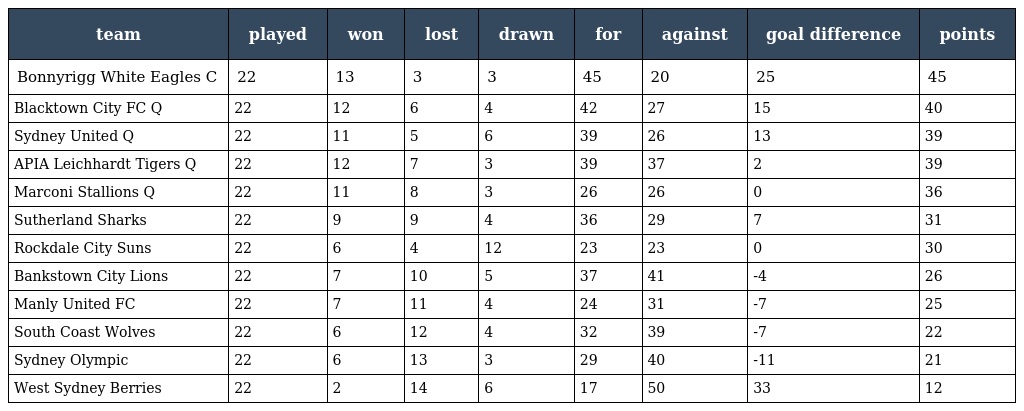
| team | played | won | lost | drawn | for | against | goal difference | points |
 | --- | --- | --- | --- | --- | --- | --- | --- | --- |
 | Bonnyrigg White Eagles C | 22 | 13 | 3 | 3 | 45 | 20 | 25 | 45 |
 | Blacktown City FC Q | 22 | 12 | 6 | 4 | 42 | 27 | 15 | 40 |
 | Sydney United Q | 22 | 11 | 5 | 6 | 39 | 26 | 13 | 39 |
 | APIA Leichhardt Tigers Q | 22 | 12 | 7 | 3 | 39 | 37 | 2 | 39 |
 | Marconi Stallions Q | 22 | 11 | 8 | 3 | 26 | 26 | 0 | 36 |
 | Sutherland Sharks | 22 | 9 | 9 | 4 | 36 | 29 | 7 | 31 |
 | Rockdale City Suns | 22 | 6 | 4 | 12 | 23 | 23 | 0 | 30 |
 | Bankstown City Lions | 22 | 7 | 10 | 5 | 37 | 41 | -4 | 26 |
 | Manly United FC | 22 | 7 | 11 | 4 | 24 | 31 | -7 | 25 |
 | South Coast Wolves | 22 | 6 | 12 | 4 | 32 | 39 | -7 | 22 |
 | Sydney Olympic | 22 | 6 | 13 | 3 | 29 | 40 | -11 | 21 |
 | West Sydney Berries | 22 | 2 | 14 | 6 | 17 | 50 | 33 | 12 |